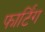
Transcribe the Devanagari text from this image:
फार्टिंग